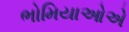
ભોમિયાઓએ